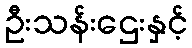
ဦးသန်းဌေးနှင့်